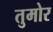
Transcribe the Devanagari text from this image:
तुमोर